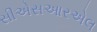
સીએસઆરએલ